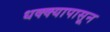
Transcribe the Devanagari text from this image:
धक्क्यापासून